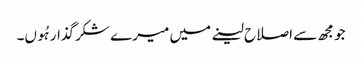
جو مجھ سے اصلاح لینے میں میرے شکرگذار ہُوں۔